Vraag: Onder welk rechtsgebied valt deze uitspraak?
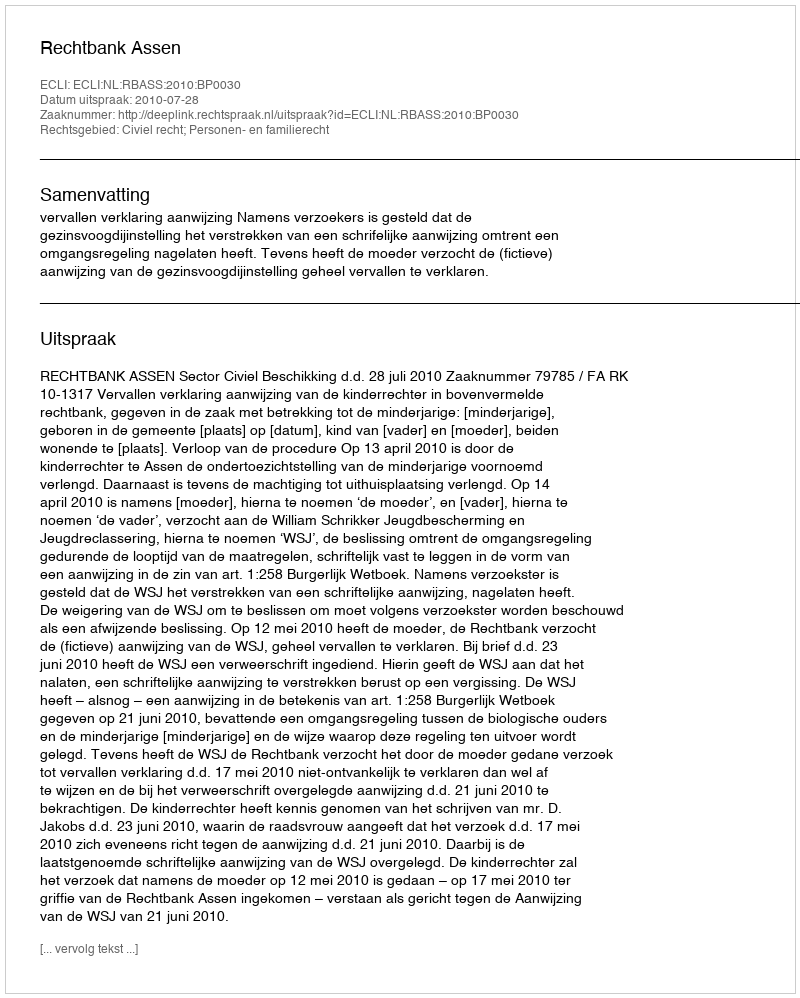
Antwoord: Civiel recht; Personen- en familierecht